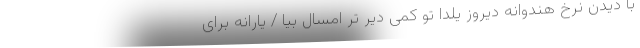
با دیدن نرخ هندوانه دیروز یلدا تو کمی دیر تر امسال بیا / یارانه برای